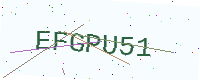
Text: EFGPU51